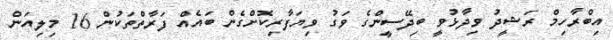
އިބްރާހިމް ރަޝީދު ވިދާޅުވީ ބިދޭސީންގެ ވަގު ވިޔަފާރިކޮށްގެން ބައެއް ފަރާތްތަކުން 16 މިލިއަން